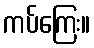
ကပ်ကြေး။